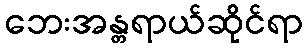
ဘေးအန္တရာယ်ဆိုင်ရာ